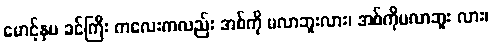
မောင့်နှမ ခင်ကြီး ကလေးကလည်း အစ်ကို မလာဘူးလား၊ အစ်ကိုမလာဘူး လား၊